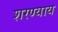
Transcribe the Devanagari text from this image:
शरण्याय